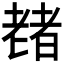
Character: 𫅶